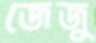
জেজু